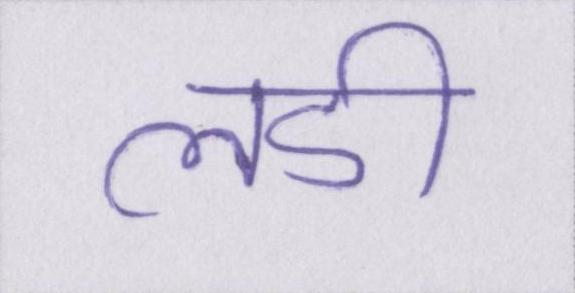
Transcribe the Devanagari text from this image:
लडी